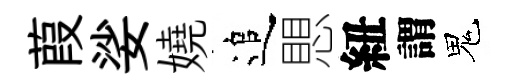
葭娑嬈追愳紐謂鬼